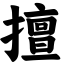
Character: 擅